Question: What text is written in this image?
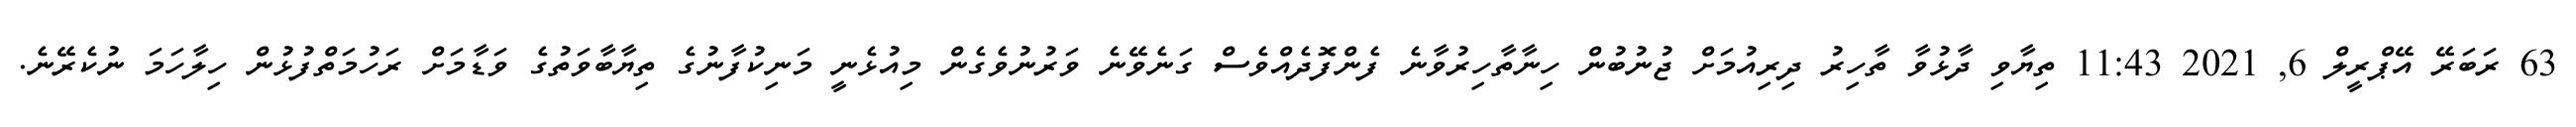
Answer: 63 ރަބަރޭ އޭޕްރީލް 6, 2021 11:43 ތިޔާވި ދާޅުވާ ތާހިރު ދިރިއުމަށް ޖުނުބުން ހިނާތާހިރުވާނެ ފެންފޮދެއްވެސް ގަނެވޭނެ ވަރުނުވެގެން މިއުޅެނީ މަނިކުފާނުގެ ތިޔާބާވަތުގެ ވަޑާމަށް ރަހުމަތްފުޅުން ހިލާހަމަ ނުކެރޭނެ.